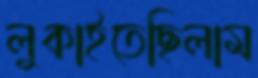
লুকাইতেছিলাম